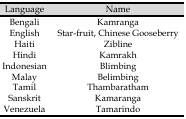
<table><thead><tr><td><b>Language</b></td><td><b>Name</b></td></tr></thead><tbody><tr><td>Bengali</td><td>Kamranga</td></tr><tr><td>English</td><td>Star-fruit, Chinese Gooseberry</td></tr><tr><td>Haiti</td><td>Zibline</td></tr><tr><td>Hindi</td><td>Kamrakh</td></tr><tr><td>Indonesian</td><td>Blimbing</td></tr><tr><td>Malay</td><td>Belimbing</td></tr><tr><td>Tamil</td><td>Thambaratham</td></tr><tr><td>Sanskrit</td><td>Kamaranga</td></tr><tr><td>Venezuela</td><td>Tamarindo</td></tr></tbody></table>